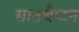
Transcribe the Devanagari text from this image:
साउथैप्टन